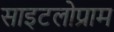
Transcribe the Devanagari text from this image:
साइटलोप्राम